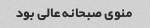
منوی صبحانه عالی بود